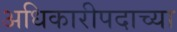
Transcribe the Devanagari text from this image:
अधिकारीपदाच्या